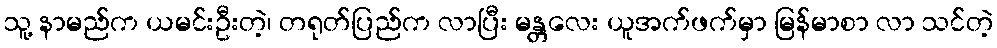
သူ့ နာမည်က ယမင်းဦးတဲ့၊ တရုတ်ပြည်က လာပြီး မန္တလေး ယူအက်ဖက်မှာ မြန်မာစာ လာ သင်တဲ့